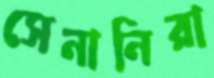
সেনানিরা